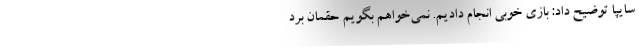
سایپا توضیح داد: بازی خوبی انجام دادیم. نمی‌خواهم بگویم حقمان برد